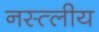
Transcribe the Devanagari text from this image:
नस्त्लीय